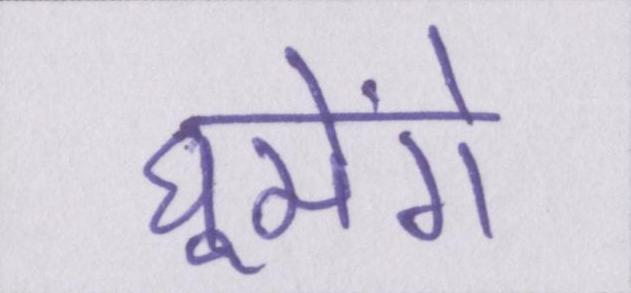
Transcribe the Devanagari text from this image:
घूमेंगे